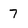
Character: 7